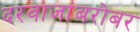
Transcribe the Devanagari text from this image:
दरवाजांबरोबर